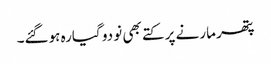
پتھر مارنے پر کتے بھی نو دو گیارہ ہوگئے۔